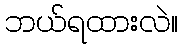
ဘယ်ရထားလဲ။